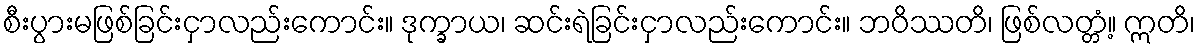
စီးပွားမဖြစ်ခြင်းငှာလည်းကောင်း။ ဒုက္ခာယ၊ ဆင်းရဲခြင်းငှာလည်းကောင်း။ ဘဝိဿတိ၊ ဖြစ်လတ္တံ့။ ဣတိ၊